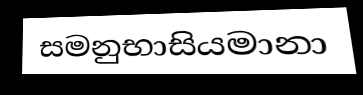
සමනුභාසියමානා